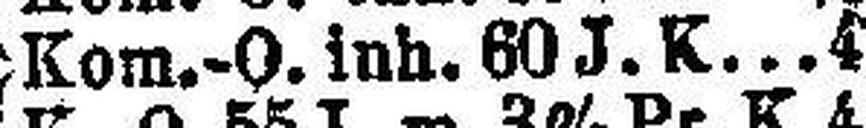
Kom.-O. inh. 60 J. K 4